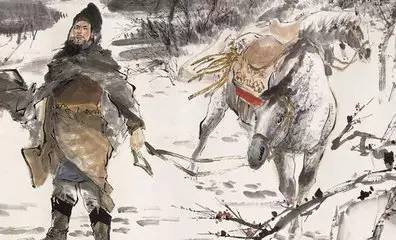
落日塞尘起，胡骑猎清秋。